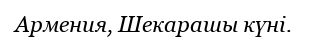
Армения, Шекарашы күні.